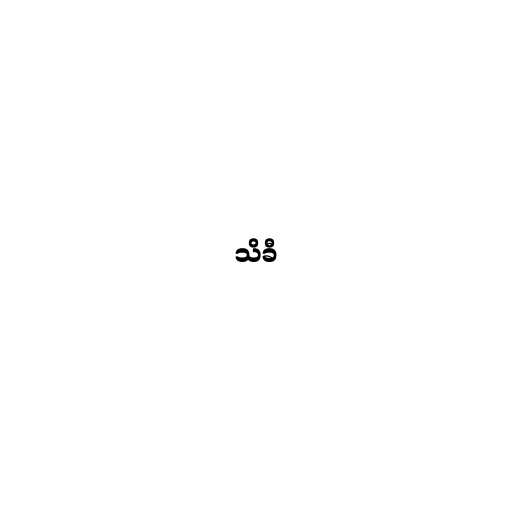
သိခီ